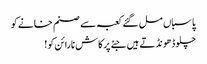
پاسباں مل گئے کعبہ سے صنم خانے کو
چلو ڈھونڈتے ہیں جئے پرکاش نارائن کو!